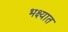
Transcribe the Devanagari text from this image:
भक्ष्यात